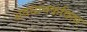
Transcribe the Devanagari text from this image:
अवधानकविता